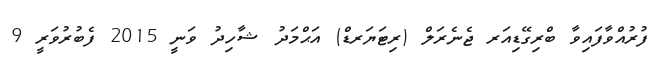
ފުރުއްވާފައިވާ ބްރިގޭޑިއަރ ޖެނެރަލް (ރިޓަޔަރޑް) އަޙްމަދު ޝާހިދު ވަނީ 2015 ފެބުރުވަރީ 9